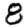
Digit: 8